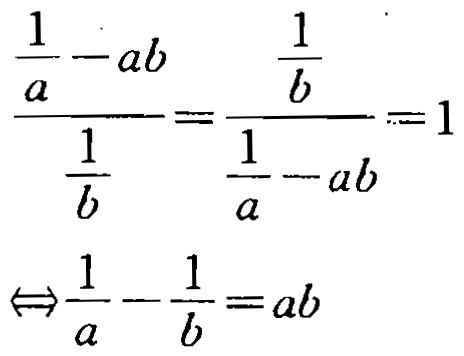
\[\frac{\frac{1}{a}-ab}{\frac{1}{b}}=\frac{\frac{1}{b}}{\frac{1}{a}-ab}=1\]

\[\Leftrightarrow\frac{1}{a}-\frac{1}{b}=ab\]